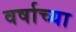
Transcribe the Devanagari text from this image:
वर्षाच्‍या